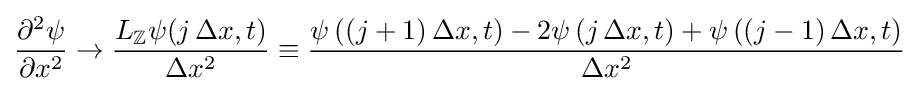
{\frac {\partial ^{2}\psi }{\partial x^{2}}}\to {\frac {L_{\mathbb {Z} }\psi (j\,\Delta x,t)}{\Delta x^{2}}}\equiv {\frac {\psi \left((j+1)\,\Delta x,t\right)-2\psi \left(j\,\Delta x,t\right)+\psi \left((j-1)\,\Delta x,t\right)}{\Delta x^{2}}}